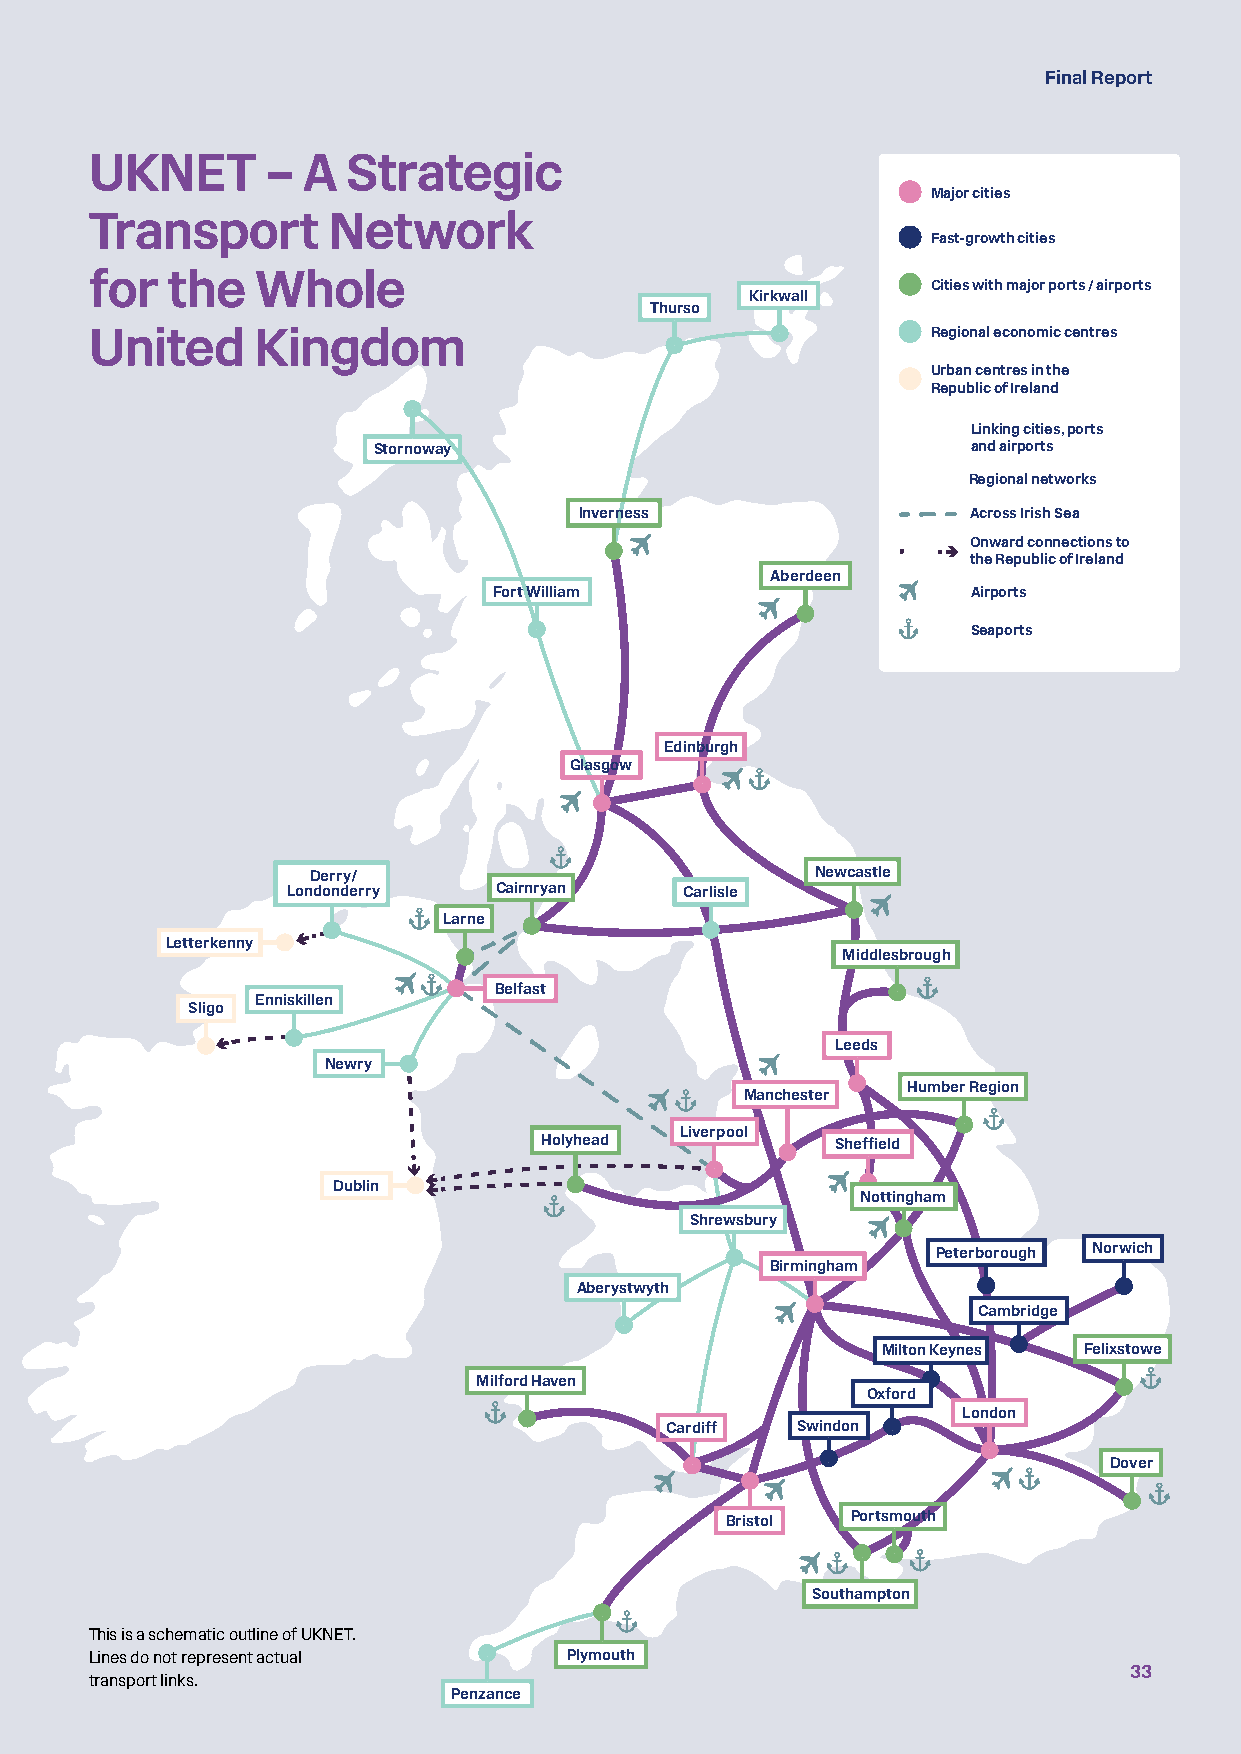
Final Report
 UKNET       – A  Strategic
 Major cities
 Transport       Network
 Fast-growth cities
 for  the   Whole
 Cities with major ports / airports
 Kirkwall
 Thurso
 United     Kingdom                                      Regional economic centres
 Urban centres in the
 Republic of Ireland
 Linking cities, ports
 Stornoway                              and airports
 Regional networks
 Inverness                 Across Irish Sea
 Onward connections to
 the Republic of Ireland
 Aberdeen
 Fort William                   Airports
 Seaports
 Edinburgh
 Glasgow
 Derry/                           Newcastle
 Londonderry   Cairnryan   Carlisle
 Larne
 Letterkenny
 Middlesbrough
 Belfast
 Enniskillen
 Sligo
 Leeds
 Newry
 Humber Region
 Manchester
 Liverpool
 Holyhead           Sheffield
 Dublin
 Nottingham
 Shrewsbury
 Peterborough Norwich
 Birmingham
 Aberystwyth
 Cambridge
 Milton Keynes Felixstowe
 Milford Haven
 Oxford
 London
 Cardiff  Swindon
 Dover
 Bristol Portsmouth
 Southampton
 This is a schematic outline of UKNET.
 Lines do not represent actual   Plymouth
 33
 transport links.
 Penzance